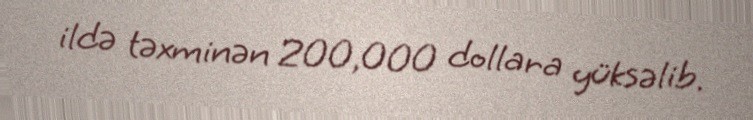
ildə təxminən 200,000 dollara yüksəlib.